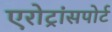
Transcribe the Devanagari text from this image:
एरोट्रांसपोर्ट